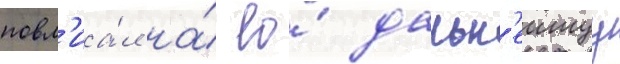
повл'иа́л на́ ео́ дальн'еишуу